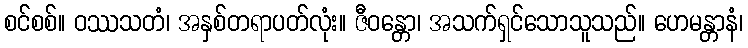
စင်စစ်။ ဝဿသတံ၊ အနှစ်တရာပတ်လုံး။ ဇီဝန္တော၊ အသက်ရှင်သောသူသည်။ ဟေမန္တာနံ၊